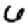
Digit: 6